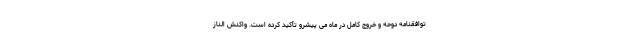
توافقنامه دوحه و خروج کامل در ماه می پیشرو تأکید کرده است. واکنش الناز